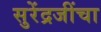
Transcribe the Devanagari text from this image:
सुरेंद्रजींचा